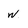
Character: w